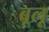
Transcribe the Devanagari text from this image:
बूलू